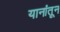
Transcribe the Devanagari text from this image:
यानांतून